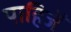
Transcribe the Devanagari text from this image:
पाहिजेँ